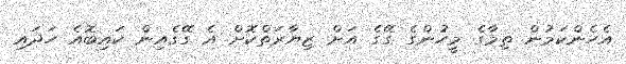
އެހެންކަމުން ތިމާގެ މީހުންގެ ގޭގެ އަށް ޒިޔާރަތްކޮށް އެ ގޭގެއިން ކައިބޮއެ ހަދައި